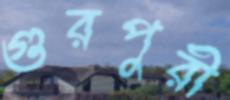
গুরপুরী